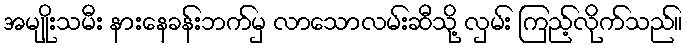
အမျိုးသမီး နားနေခန်းဘက်မှ လာသောလမ်းဆီသို့ လှမ်း ကြည့်လိုက်သည်။